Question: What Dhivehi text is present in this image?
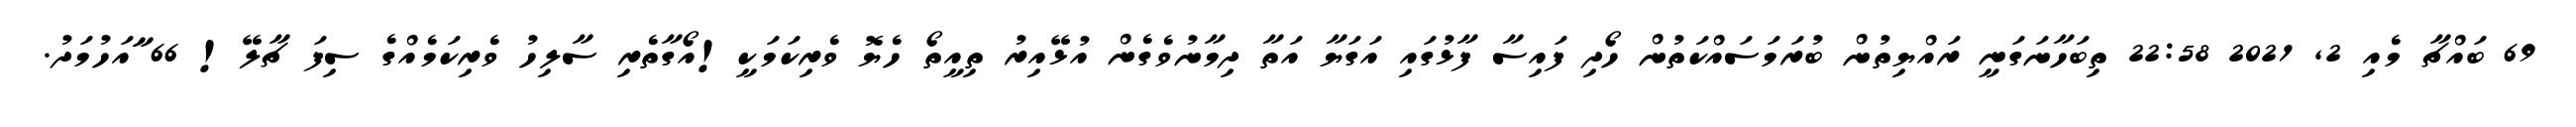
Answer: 69 ބައްޗާ މެއި 2, 2021 22:58 ތިބަހާނަގަނީ ރައްޔިތުން ބުރަމަސައްކަތުން ހޯދި ފައިސާ ފާޅުގައި އަގަޔާ އަތާ ދިމާނުވެގެން އުޅޭއިރު ތިއީތޯ ހެޔޮ ވެރިކަމަކީ!އޯގާތެރި ސާލިހު ވެރިކަމެއްގެ ސިފަ ޗާލޭ! 66 ާައަހުމަދު.